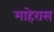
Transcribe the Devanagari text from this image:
माहेरास